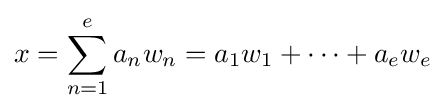
x=\sum _{n=1}^{e}a_{n}w_{n}=a_{1}w_{1}+\cdots +a_{e}w_{e}